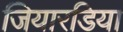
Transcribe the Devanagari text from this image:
जियारडिया